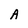
Character: A